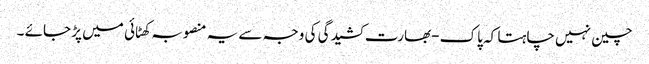
چین نہیں چاہتا کہ پاک -بھارت کشیدگی کی وجہ سے یہ منصوبہ کھٹائی میں پڑ جائے ۔